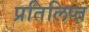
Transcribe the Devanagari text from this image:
प्रतिलिप्त